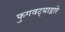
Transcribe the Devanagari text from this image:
फुगवट्याद्वारे